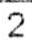
2